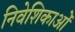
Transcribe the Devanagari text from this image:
निवेशिकाओं